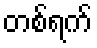
တစ်ရက်